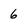
Character: 6